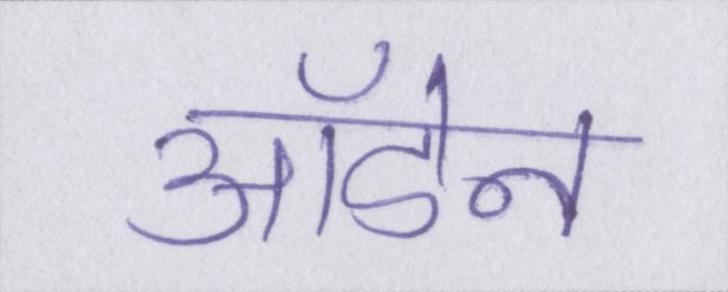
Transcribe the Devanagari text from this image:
ऑडेन